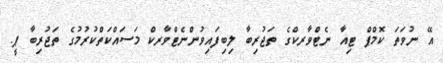
އޭ ނުވަތަ ކޮމްޕް ޓިއާ ނެޓްވާރކްގެ ތަޖުރިބާ ލިބިފައިވުންނެޓްވާރކް މަސައްކަތްކުރުމުގެ ތަޖުރިބާ ޕީ.